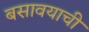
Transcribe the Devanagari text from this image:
बसावयाची